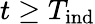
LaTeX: t\geq T_{\mathrm{ind}}